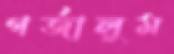
গর্জালুম